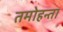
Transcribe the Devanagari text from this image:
तमोहन्ता